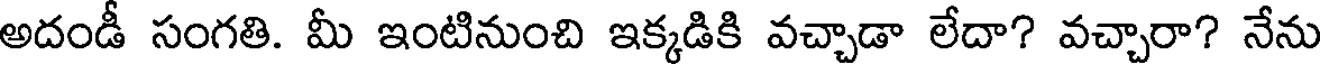
అదండీ సంగతి. మీ ఇంటినుంచి ఇక్కడికి వచ్చాడా లేదా? వచ్చారా? నేను